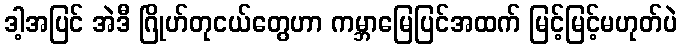
ဒါ့အပြင် အဲဒီ ဂြိုဟ်တုငယ်တွေဟာ ကမ္ဘာမြေပြင်အထက် မြင့်မြင့်မဟုတ်ပဲ